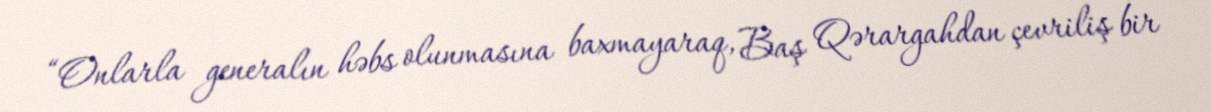
“Onlarla generalın həbs olunmasına baxmayaraq, Baş Qərargahdan çevriliş bir